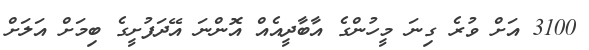
3100 އަށް ވުރެ ގިނަ މީހުންގެ އާބާދީއެއް އޮންނަ އޭދަފުށީގެ ބިމަށް އަލަށް